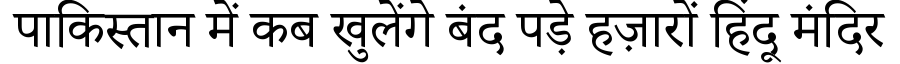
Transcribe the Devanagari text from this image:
पाकिस्तान में कब खुलेंगे बंद पड़े हज़ारों हिंदू मंदिर